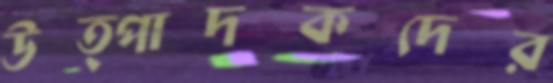
উত্পাদকদের